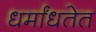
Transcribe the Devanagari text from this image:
धर्मांधतेत